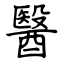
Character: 醫